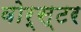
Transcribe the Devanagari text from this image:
वोर्स्टर